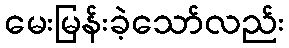
မေးမြန်းခဲ့သော်လည်း